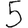
Digit: 5